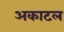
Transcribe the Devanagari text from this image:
अकाटल